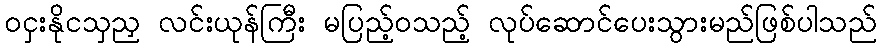
ဝငှးနိုငသှညှ လင်းယုန်ကြီး မပြည့်ဝသည့် လုပ်ဆောင်ပေးသွားမည်ဖြစ်ပါသည်